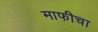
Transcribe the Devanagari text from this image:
माफीचा